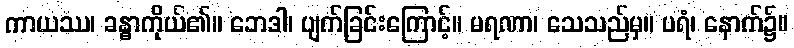
ကာယဿ၊ ခန္ဓာကိုယ်၏။ ဘေဒါ၊ ပျက်ခြင်းကြောင့်။ မရဏာ၊ သေသည်မှ။ ပရံ၊ နောက်၌။